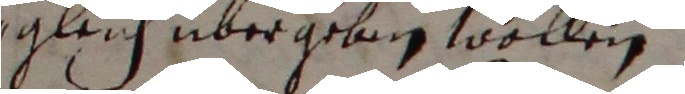
gleich übergeben wollen.